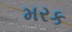
મરક